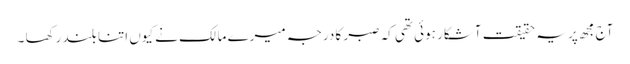
آج مجھ پر یہ حقیقت آشکار ہوئی تھی کہ صبر کا درجہ میرے مالک نے کیوں اتنا بلند رکھا ۔